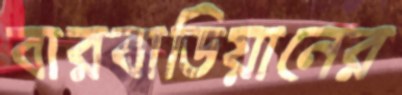
বারবাডিয়ানের